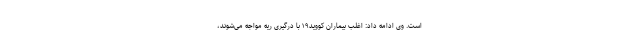
است. وی ادامه داد: اغلب بیماران کووید۱۹ با درگیری ریه مواجه می‌شوند،